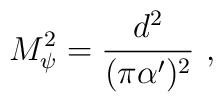
M_{\psi}^2= {d^2\over (\pi \alpha')^2} \ ,